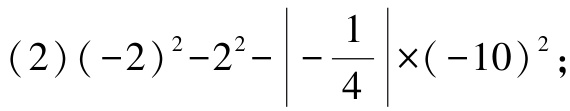
(2)\((-2)^{2}-2^{2}-\left|-\frac{1}{4}\right|\times(-10)^{2}\);